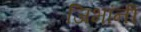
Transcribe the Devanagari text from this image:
जिभांनी